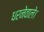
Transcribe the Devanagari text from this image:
धरनेवाले।